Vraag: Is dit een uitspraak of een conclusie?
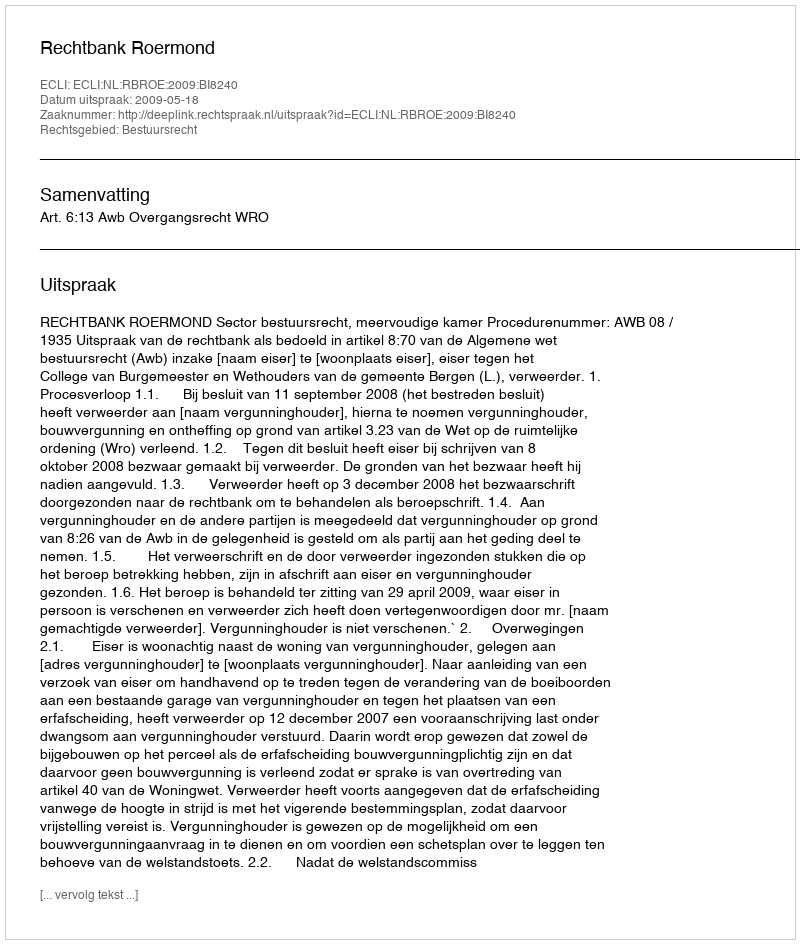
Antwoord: Uitspraak